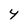
Character: 4